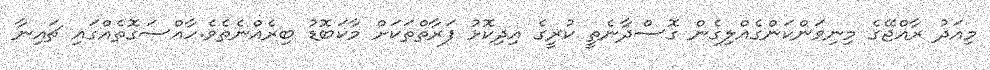
މިއަދު ރާއްޖޭގެ މިނިވަންކަންގެއްލިގެން ގޮސްދާނެތީ ކުރީގެ އިދިކޮޅު ފަރާތްތަކަށް މާކަބޮޑު ބިރެއްނެތެވެ.ހާއްސަގޮތެއްގައި ޗައިނާ